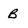
Character: B